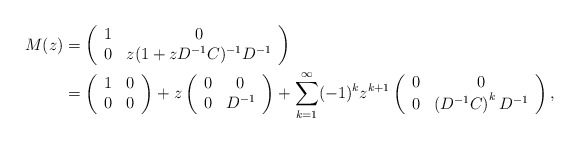
\begin{align*}M(z) & =\left(\begin{array}{cc}1 & 0\\0 & z(1+zD^{-1}C)^{-1}D^{-1}\end{array}\right)\\ & =\left(\begin{array}{cc}1 & 0\\0 & 0\end{array}\right)+z\left(\begin{array}{cc}0 & 0\\0 & D^{-1}\end{array}\right)+\sum_{k=1}^{\infty}(-1)^{k}z^{k+1}\left(\begin{array}{cc}0 & 0\\0 & \left(D^{-1}C\right)^{k}D^{-1}\end{array}\right),\end{align*}